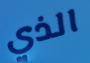
الذي